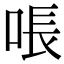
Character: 𫪛